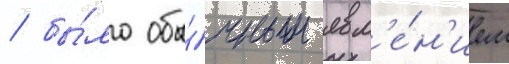
/ бы́ло обы́чным явл'е́н'ием